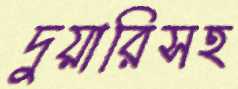
দুয়ারিসহ